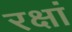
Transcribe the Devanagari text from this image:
रक्षां